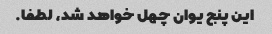
این پنج یوان چهل خواهد شد، لطفا.